Tezpur Lunatic Asylum reports 1895-1904 - 1895-1904
Year: 1895
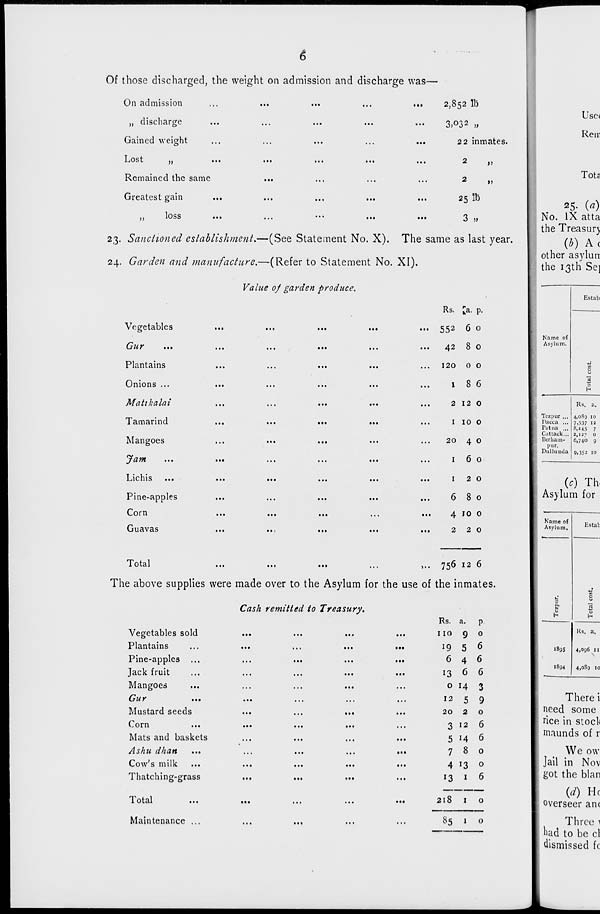
<5
2,852 lb
3>o32 »
22 inmates.
2
JJ
2
»j
25 lb
3 »
Of those discharged, the weight on admission and discharge was—
On admission
...
...
...
...
...
,, ciiscnargc
...
...
...
...
...
Gained weight
ljOSt
,,
...
...
.••
...
...
Remained the same
Greatest gain
...
,,
loss
...
...
**■
...
•••
23. Sanctioned establishment.—(See Statement No. X), The same as last year.
24. Garden and manufacture.—(Refer to Statement No. XI).
Value of garden produce.
Vegetables
Cur
Plantains
Onions ...
Matikalai
Tamarind
Mangoes
Jam
Lichis
Pine-apples
Corn
Guavas
Total
Rs. [a- P.
...
552 6 0
...
42 8 0
...
120
0 0
...
l
8 6
...
2 12 0
...
I 10 0
...
20
4 0
...
I
6 0
...
I
2 0
...
6 8 0
...
4 10 0
...
2
2 0
,., 756 12 6
The above supplies were made over to the Asylum for the use of the inmates.
Cash remitted to Treasury.
Vegetables sold
Plantains
Pine-apples
Jack fruit
Mangoes
Gur
...
Mustard seeds
Corn
Mats and baskets
Ashu dhan
Cow's milk
Thatching-grass
Total
Maintenance ...
to
Rs. a.
P
no 9 0
19 5 6
6 4 6
13 6 6
0 H 3
12
5 9
20
2
0
3 12 6
5 H 6
7 8 0
4 13 0
13 1 6
218 1 0
*5 1 0
Use*
Ren:
Tots
25. («)
No. IX atta
the Treasurj
(*) Ac
other asylurr
the 13th Se]
Estab
Name of
Asylum,
0
a
0
H
Rs. a.
Tczpur ...
Dacca ...
Pstna ...
Cattack...
4,oS9 10
7.537 12
8,145 7
2,127 0
Bcrhain- 6,740 9
pur.
Dullunda 9.352 10
(c) Th,
Asylum for
Name of
Asylum.
Estal:
c
0
Q,
N
|
H
H
Rs. a.
1895
4,096 11
N
I894
4,oSg 10
There i
need some
rice in stock
maunds of r
We ow
Jail in Nov
got the blan
(d) He
overseer anc
Three \
had to be cl
dismissed fc